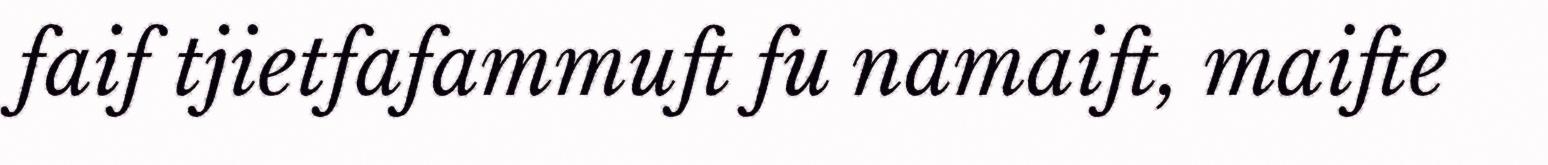
faif tjietfafammuft fu namaift, maifte